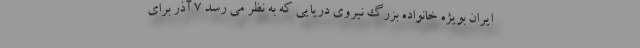
ایران بویژه خانواده بزرگ نیروی دریایی که به نظر می رسد 7 آذر برای